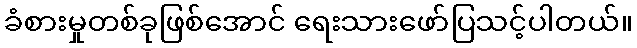
ခံစားမှုတစ်ခုဖြစ်အောင် ရေးသားဖော်ပြသင့်ပါတယ်။